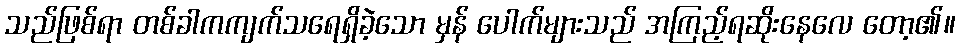
သည်ဖြစ်ရာ တစ်ခါကကျက်သရေရှိခဲ့သော မှန် ပေါက်များသည် အကြည့်ရဆိုးနေလေ တော့၏။